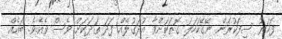
ފަހަރު ސިފަކުރަން ނޭގޭކަހަލަ ގޮތަކަށްވާ އުދަގުލެއް ފަދަ ތަދަކަށް ވެސް ވެއެވެ. ބައެއް